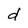
Character: d